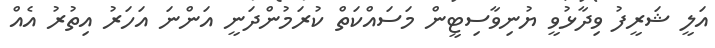
އަލީ ޝަރީފު ވިދާޅުވީ ޔުނިވާސިޓީން މަސައްކަތް ކުރަމުންދަނީ އަންނަ އަހަރު އިތުރު އެއް